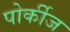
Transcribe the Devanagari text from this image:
पोर्कीज